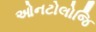
ઓનટોલોજિ